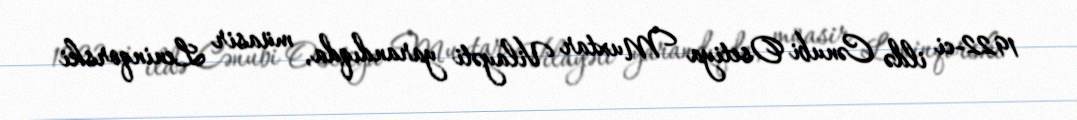
1922-ci ildə Cənubi Osetiya Muxtar Vilayəti yarandıqda, müasir Leninqorski